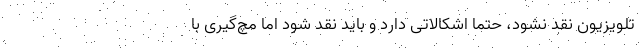
تلویزیون نقد نشود، حتما اشکالاتی دارد و باید نقد شود اما مچ‌گیری با